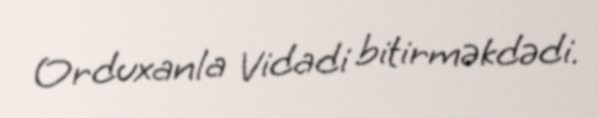
Orduxanla Vidadi bitirməkdədi.